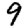
Digit: 9